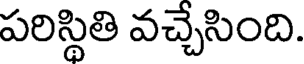
పరిస్థితి వచ్చేసింది.